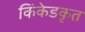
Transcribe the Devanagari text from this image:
किंकेडकृत